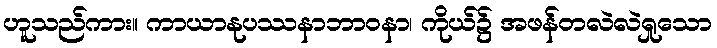
ဟူသည်ကား။ ကာယာနုပဿနာဘာဝနာ၊ ကိုယ်၌ အဖန်တလဲလဲရှုသော